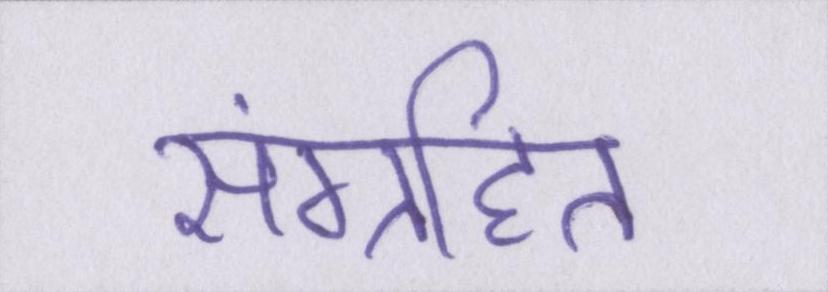
संग्रहित